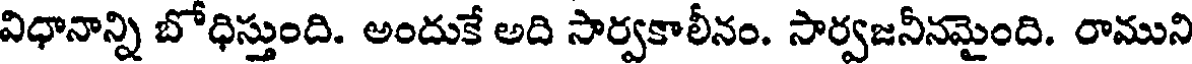
విధానాన్ని బోధిస్తుంది. అందుకే అది సార్వకాలీనం. సార్వజనీనమైంది. రాముని